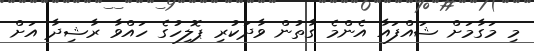
މި މަގާމަށް ޝައްފައާ އެންމެ ގާތުން ވާދަކުރި ޕޮލިހުގެ ހައްވާ ރާޝިދާ އަށް